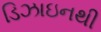
ડિઝાઇનથી